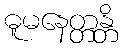
ဓူမနေတ္တန္တိ